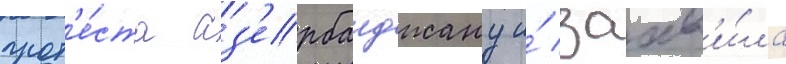
прот'е́ста аз'ербаиджану и́ заав'и́ла